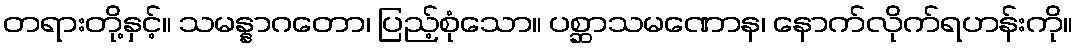
တရားတို့နှင့်။ သမန္နာဂတော၊ ပြည့်စုံသော။ ပစ္ဆာသမဏောန၊ နောက်လိုက်ရဟန်းကို။